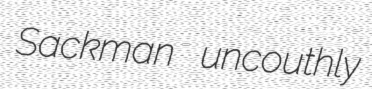
Sackman uncouthly